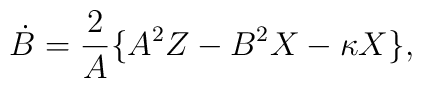
\dot{B}=\frac{2}{A}\{A^{2}Z -B^{2}X -\kappa X \},